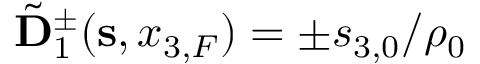
\tilde { \bf D } _ { 1 } ^ { \pm } ( { { \bf s } } , x _ { 3 , F } ) = \pm { s _ { 3 , 0 } } / { \rho _ { 0 } }